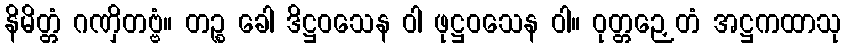
နိမိတ္တံ ဂဏှိတဗ္ဗံ။ တဉ္စ ခေါ ဒိဋ္ဌဝသေန ဝါ ဖုဋ္ဌဝသေန ဝါ။ ဝုတ္တဉှေတံ အဋ္ဌကထာသု